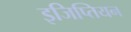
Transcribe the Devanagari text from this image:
इजिप्तियन